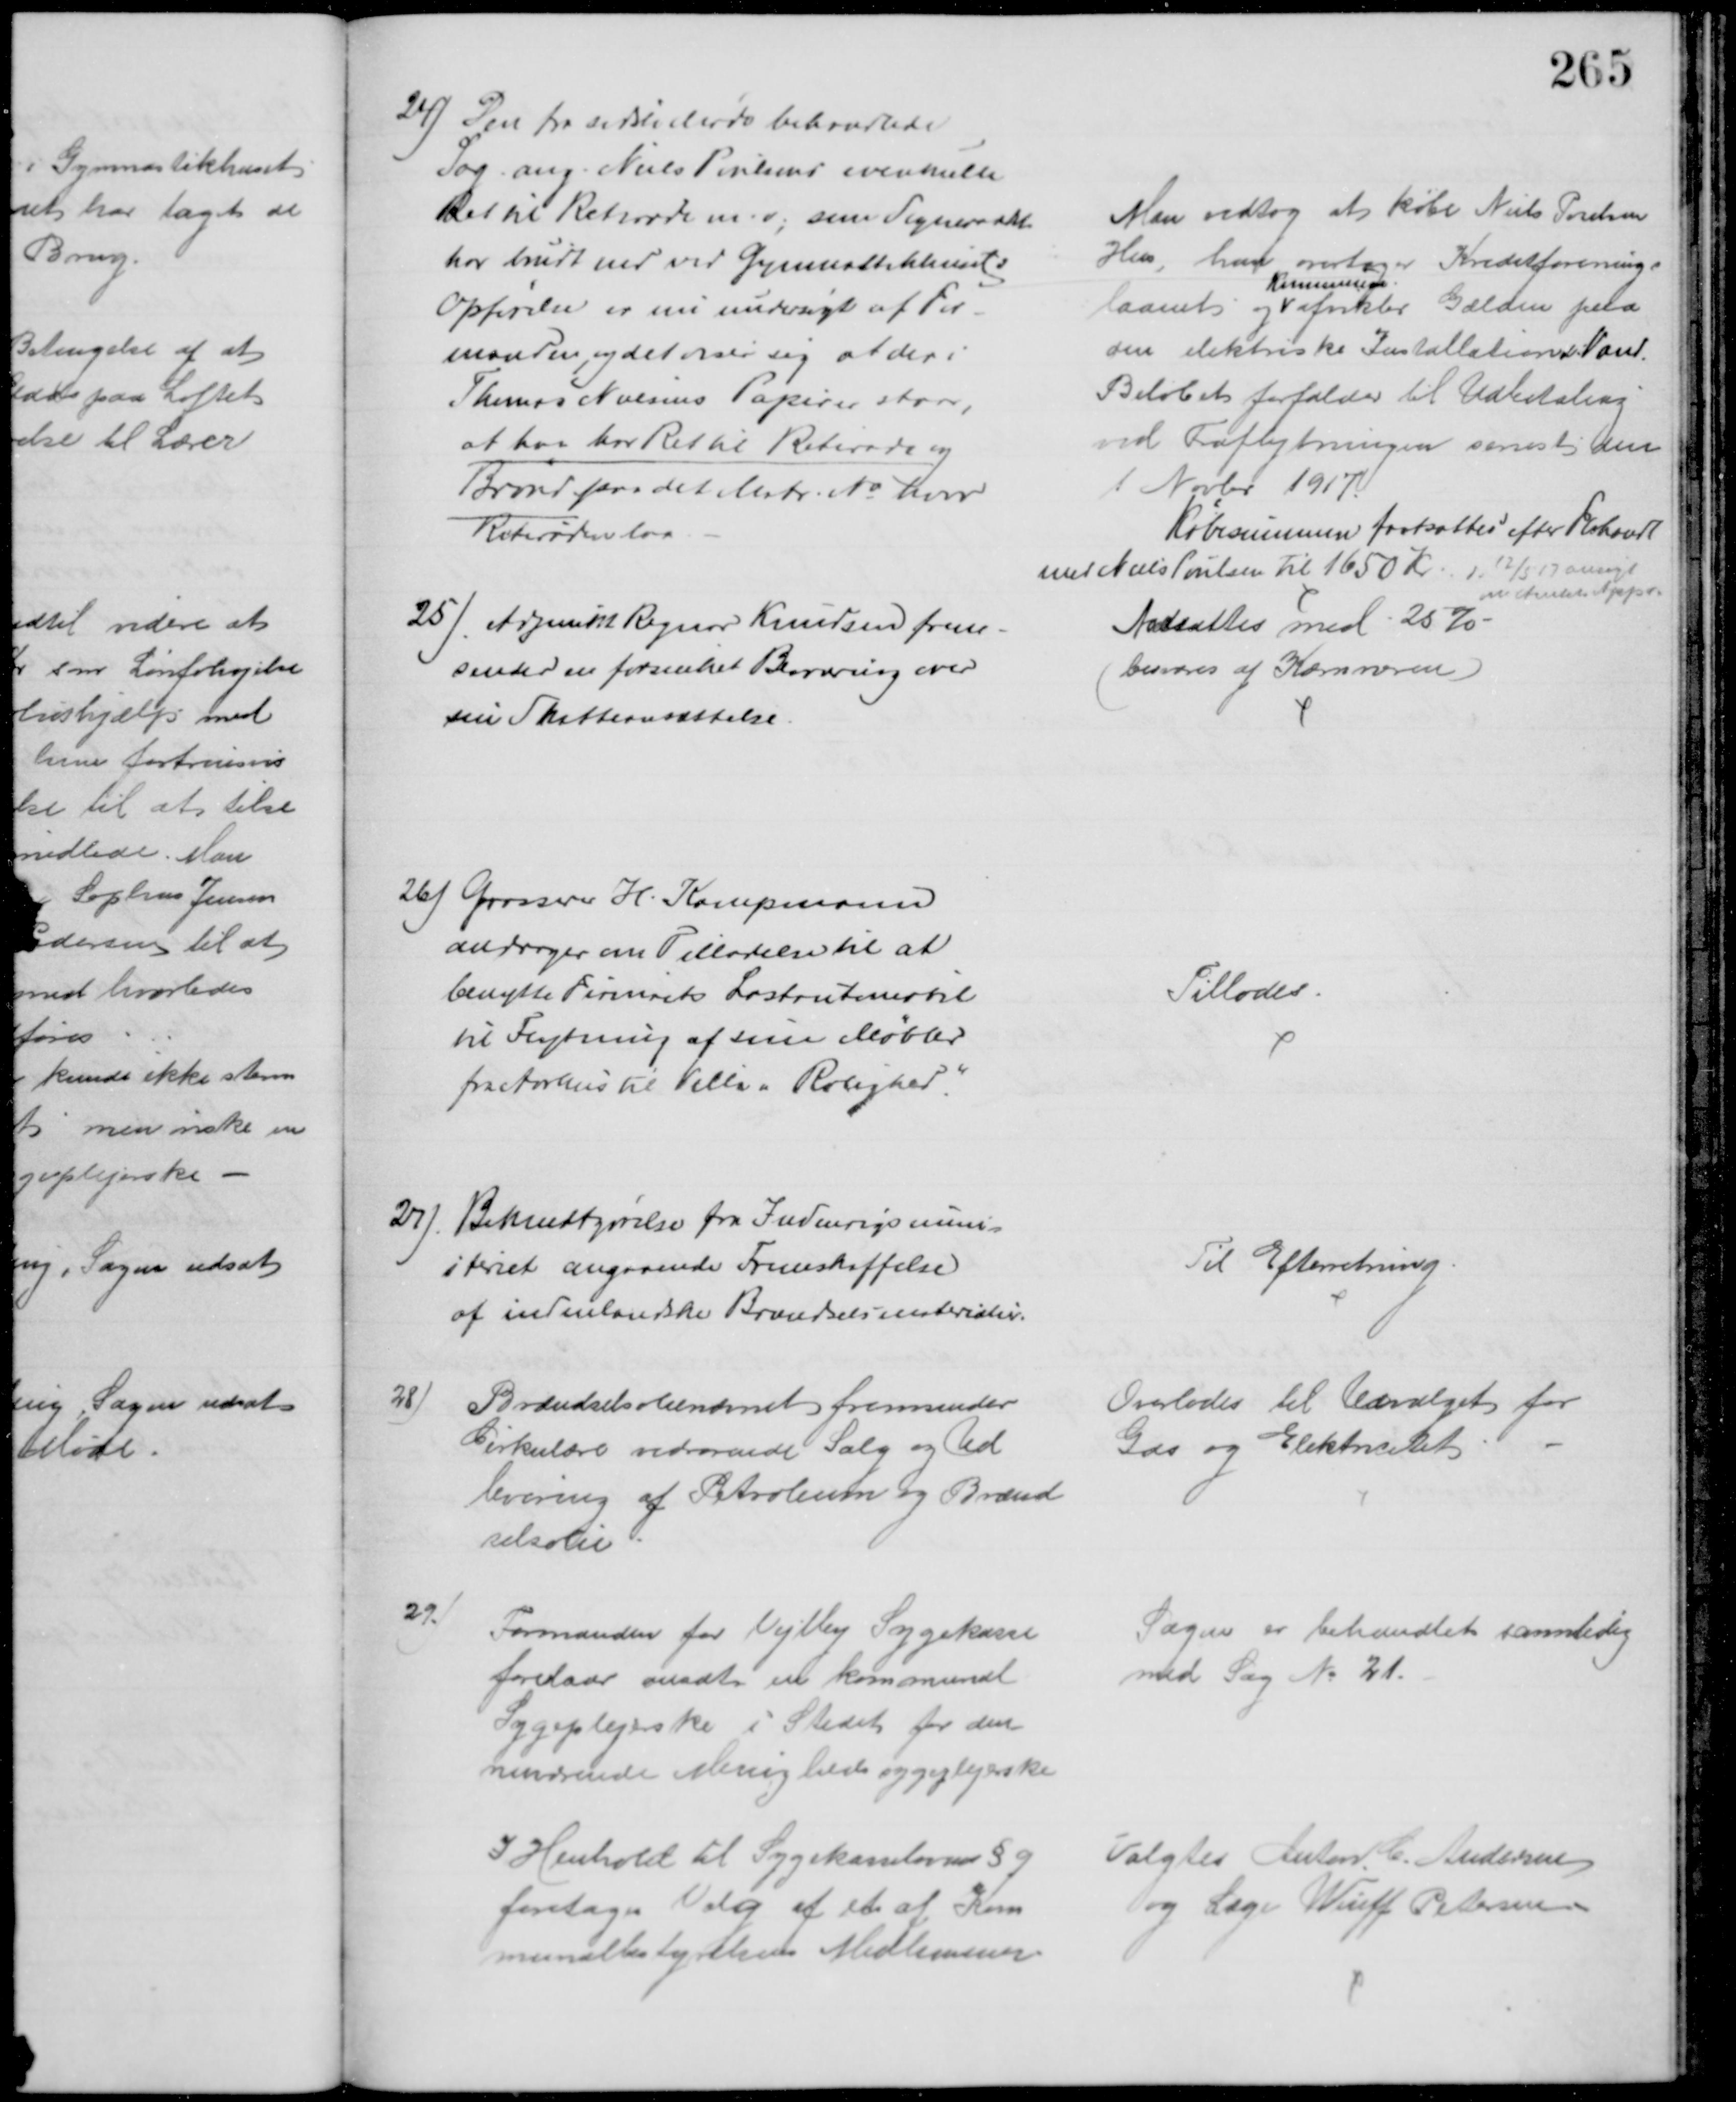
Transskription:
24) Den fra sidste Møde behandlede
Sag ang. Niels Poulsens eventuelle
Ret til Retirade m.v. som Sogneraadet
har brudt ned ved Gymnastikhusets
Opførelse er nu undersøgt af For
manden og det viser sig at der i
Thomas Nielsens Papirer staar,
at har for Ret til Retirade og
Brønd paa det Matr. № hvor
Retiraden laa
Man vedtog at købe Niels Poulsens
Hus, han overtager Kreditforenings
laanet og 
Kommunen
afvikler Gælden paa
den elektriske Installation & Vand.
Beløbet forfalder til Udbetaling
ved Fraflytningen senest den
1 Novbr 1917
Købesummen fastsattes efter Forhandl
med Niels Poulsen til 1650 Kr. d. 12/5 17 ansøgt
om Amtets Appr.
25) Adjunkt Regnar Knudsen frem-
sender en forsinket Besværing over
sin Skatteansættelse.
Nedsattes med 25 %
(besvares af Kæmneren)
26) Grosserer H. Kampmann
andrager om Tilladelse til at
benytte Firmaets Lastautomobil
til Flytning af sine Møbler
fra Aarhus til Villa "Rolighed."
Tillodes.
27)
Bekendtgørelse fra Indenrigsmini-
steriet angaaende Fremskaffelse
af indenlandske Brændselsmaterialer
Til Efterretning.
28)
Brændselsolienævnet fremsender
Cirkulære vedrørende Salg og Ud
levering af Petroleum og Brænd
selsolie
Overlodes til Udvalget for
Gas og Elektricitet
29)
Formanden for Vejlby Sygekasse
foreslaar ansat en kommunal
Sygeplejeske i Stedet for den
nuværende Menighedssygeplejerske
Sagen er behandlet samtidig
med Sag № 21.
I Henhold til Sygekasseloven § 9
foretoges Valg af et af Kom
munalbestyrelsens Medlemmer
Valgtes Anton C. Andersen
og Læge Wiuff Petersen